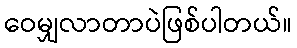
ဝေမျှလာတာပဲဖြစ်ပါတယ်။